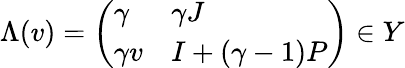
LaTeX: \Lambda(v)=\left(\begin{array}{ll}{\gamma}&{\gamma J}\\ {\gamma v}&{I+(\gamma-1)P}\end{array}\right)\in Y